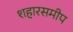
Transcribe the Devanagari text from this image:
शहारसमीप